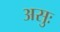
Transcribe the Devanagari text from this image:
असुः